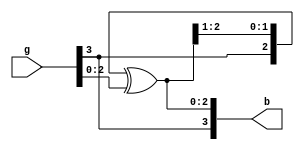
 module g2b_conv(
 input [3:0] g,
    output  [3:0] b);
    
//    assign b[3] = g[3];
//    assign b[2] = g[2]^b[3];
//    assign b[1] = g[1]^b[2];
//    assign b[0] = g[0]^b[1];    
//              assign   b[3]=g[3];
//              assign b[2:0]=g[2:0]^[3:1];
assign b[3]=g[3];
assign b[2:0]=b[3:1]^g[2:0];                

endmodule